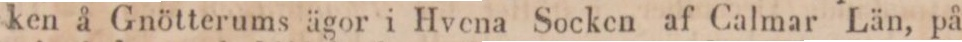
ken å Gnötterums ägor i Hvena Socken af Calmar Län, på